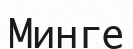
Минге